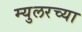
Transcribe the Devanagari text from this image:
म्युलरच्या